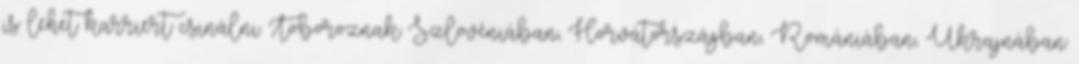
is lehet karriert csinálni. Toboroznak Szlovéniában, Horvátországban, Romániában, Ukrajnában